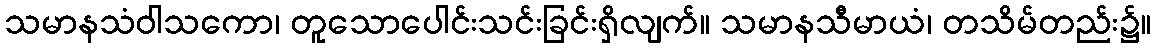
သမာနသံဝါသကော၊ တူသောပေါင်းသင်းခြင်းရှိလျက်။ သမာနသီမာယံ၊ တသိမ်တည်း၌။